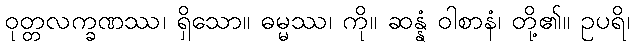
ဝုတ္တလက္ခဏဿ၊ ရှိသော။ ဓမ္မဿ၊ ကို။ ဆန္နံ ဝါစာနံ၊ တို့၏။ ဥပရိ၊